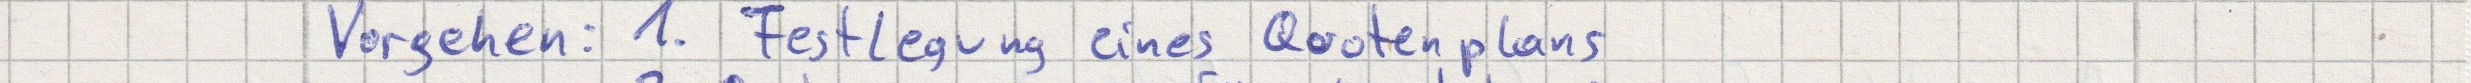
Vorgehen: 1. Festlegung eines Quotenplans